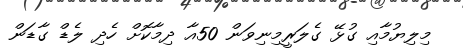
މިލިޔުމާއި ގުޅޭ ގެލަރީމިނިވަން 50އާ ދިމާކޮށް ހެދި ލެޑް ގާޑަން